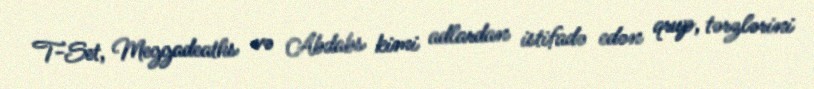
T-Set, Meggadeaths və Abdabs kimi adlardan istifadə edən qrup, tərzlərini